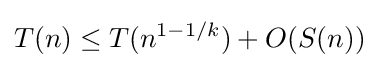
T(n)\leq T(n^{1-1/k})+O(S(n))